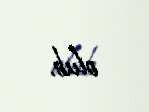
olub.